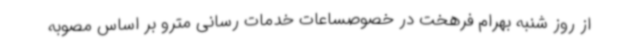
از روز شنبه بهرام فرهخت در خصوصساعات خدمات رسانی مترو بر اساس مصوبه